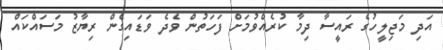
އަދި މަޖިލީހުގެ ރައީސާ ދިމާ ކުރެއްވުމަށް ފަހަތުން ވެދެ ވަޑައިގެން ރިޔާޒު މަސައްކައް